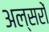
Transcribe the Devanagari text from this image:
अल्सरों